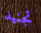
تجنيد